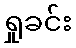
ရှုခင်း